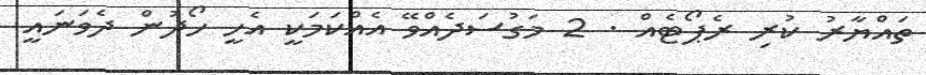
ތައްޔާރު ކުރި ރެޕޯޓެއް . 2 މަގުސަދެއްވޭ އެއްކަމަކީ އެހީ ހޯދުން ދެވަނައީ